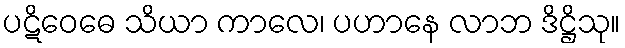
ပဋိဝေဓေ သိယာ ကာလေ၊ ပဟာနေ လာဘ ဒိဋ္ဌိသု။